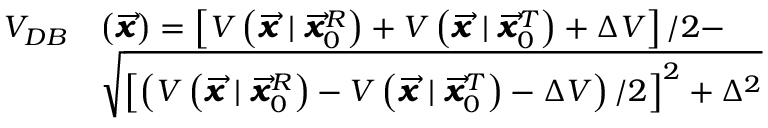
\begin{array} { r l } { V _ { D B } } & { \left( \overrightarrow { \mathbfit { x } } \right) = \left[ V \left( \overrightarrow { \mathbfit { x } } \mid \overrightarrow { \mathbfit { x } } _ { 0 } ^ { R } \right) + V \left( \overrightarrow { \mathbfit { x } } \mid \overrightarrow { \mathbfit { x } } _ { 0 } ^ { T } \right) + \Delta V \right] / 2 - } \\ & { \sqrt { \left[ \left( V \left( \overrightarrow { \mathbfit { x } } \mid \overrightarrow { \mathbfit { x } } _ { 0 } ^ { R } \right) - V \left( \overrightarrow { \mathbfit { x } } \mid \overrightarrow { \mathbfit { x } } _ { 0 } ^ { T } \right) - \Delta V \right) / 2 \right] ^ { 2 } + \Delta ^ { 2 } } } \end{array}